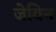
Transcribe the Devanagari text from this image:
जेविन